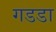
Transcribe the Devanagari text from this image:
गडडा